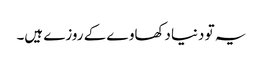
یہ تو دنیا دکھاوے کے روزے ہیں۔